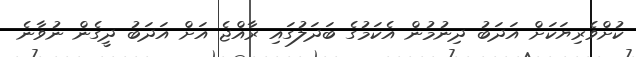
ކުށްވެރިޔަކަށް އަދަބު ދިނުމުން އެކަމުގެ ބަދަލުގައި ރާއްޖެ އަށް އަދަބު ދީގެން ނުވާނެ